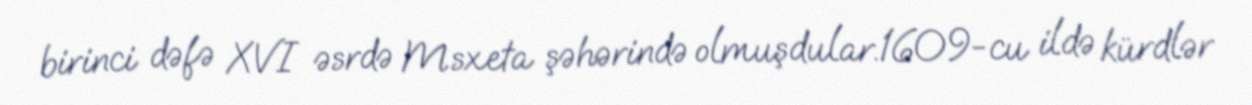
birinci dəfə XVI əsrdə Msxeta şəhərində olmuşdular.1609-cu ildə kürdlər